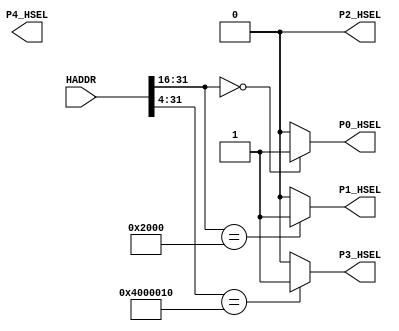
// This program was cloned from: https://github.com/flyjancy/CortexM0_SoC_Task
// License: MIT License

module AHBlite_Decoder
#(
    /*RAMCODE enable parameter*/
    parameter Port0_en = 1,
    /************************/

    /*RAMDATA enable parameter*/
    parameter Port1_en = 1,
    /************************/

    /*WaterLight enable parameter*/
    parameter Port2_en = 0,
    /************************/

    /*UART enable parameter*/
    parameter Port3_en = 1,
    /************************/

    /*LCD enable parameter*/
    parameter Port4_en = 0
    /************************/
)(
    input [31:0] HADDR,

    /*RAMCODE OUTPUT SELECTION SIGNAL*/
    output wire P0_HSEL,

    /*RAMDATA OUTPUT SELECTION SIGNAL*/
    output wire P1_HSEL,

    /*WaterLight OUTPUT SELECTION SIGNAL*/
    output wire P2_HSEL,

    /*UART OUTPUT SELECTION SIGNAL*/
    output wire P3_HSEL, 

    /*LCD OUTPUT SELECTION SIGNAL*/
    output wire P4_HSEL
);

//RAMCODE-----------------------------------

//0x00000000-0x0000ffff
/*Insert RAMCODE decoder code there*/
assign P0_HSEL = (HADDR[31:16] == 16'h0000) ? Port0_en : 1'b0; 
/***********************************/

//RAMDATA-----------------------------
//0X20000000-0X2000FFFF
/*Insert RAMDATA decoder code there*/
assign P1_HSEL = (HADDR[31:16] == 16'h2000) ? Port1_en : 1'b0; 
/***********************************/

//PERIPHRAL-----------------------------

//0x40000000 WaterLight MODE
//0x40000004 WaterLight SPEED
/*Insert WaterLight decoder code there*/
assign P2_HSEL = (HADDR[31:4] == 28'h4000000) ? Port2_en : 1'b0;
/***********************************/

//0X40000010 UART RX DATA
//0X40000014 UART TX STATE
//0X40000018 UART TX DATA
/*Insert UART decoder code there*/
assign P3_HSEL = (HADDR[31:4] == 28'h4000010) ? Port3_en : 1'b0; 
/***********************************/

//0X40050000 LCD
/*Insert LCD decoder code there*/

/***********************************/

endmodule